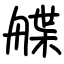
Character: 艓